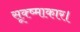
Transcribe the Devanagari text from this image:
सूक्ष्माकार।